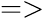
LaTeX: =>